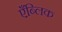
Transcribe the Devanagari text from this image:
एँब्लिक